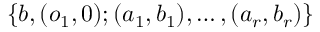
\{ b , ( o _ { 1 } , 0 ) ; ( a _ { 1 } , b _ { 1 } ) , \dots , ( a _ { r } , b _ { r } ) \}